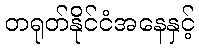
တရုတ်နိုင်ငံအနေနှင့်